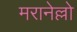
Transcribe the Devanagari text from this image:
मरानेल्लो